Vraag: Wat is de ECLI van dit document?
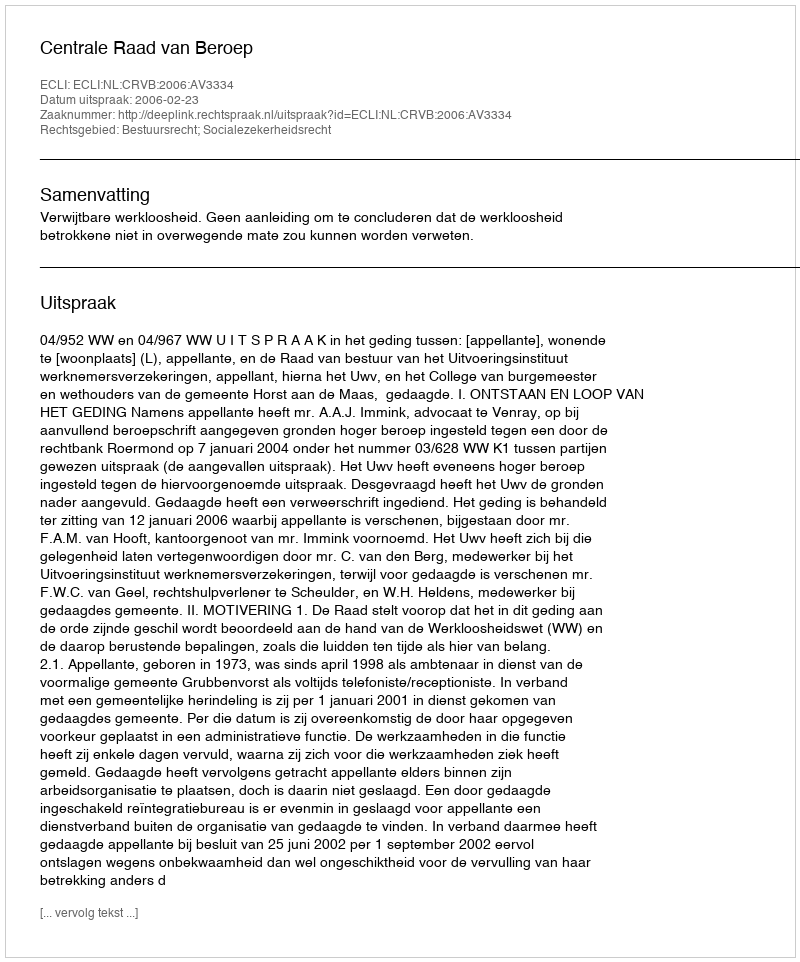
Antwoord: ECLI:NL:CRVB:2006:AV3334